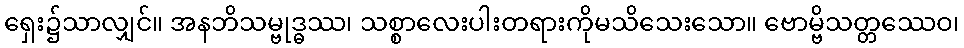
ရှေး၌သာလျှင်။ အနဘိသမ္ဗုဒ္ဓဿ၊ သစ္စာလေးပါးတရားကိုမသိသေးသော။ ဗောမ္ဗိသတ္တဿေဝ၊